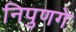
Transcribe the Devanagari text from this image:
निपुणगे